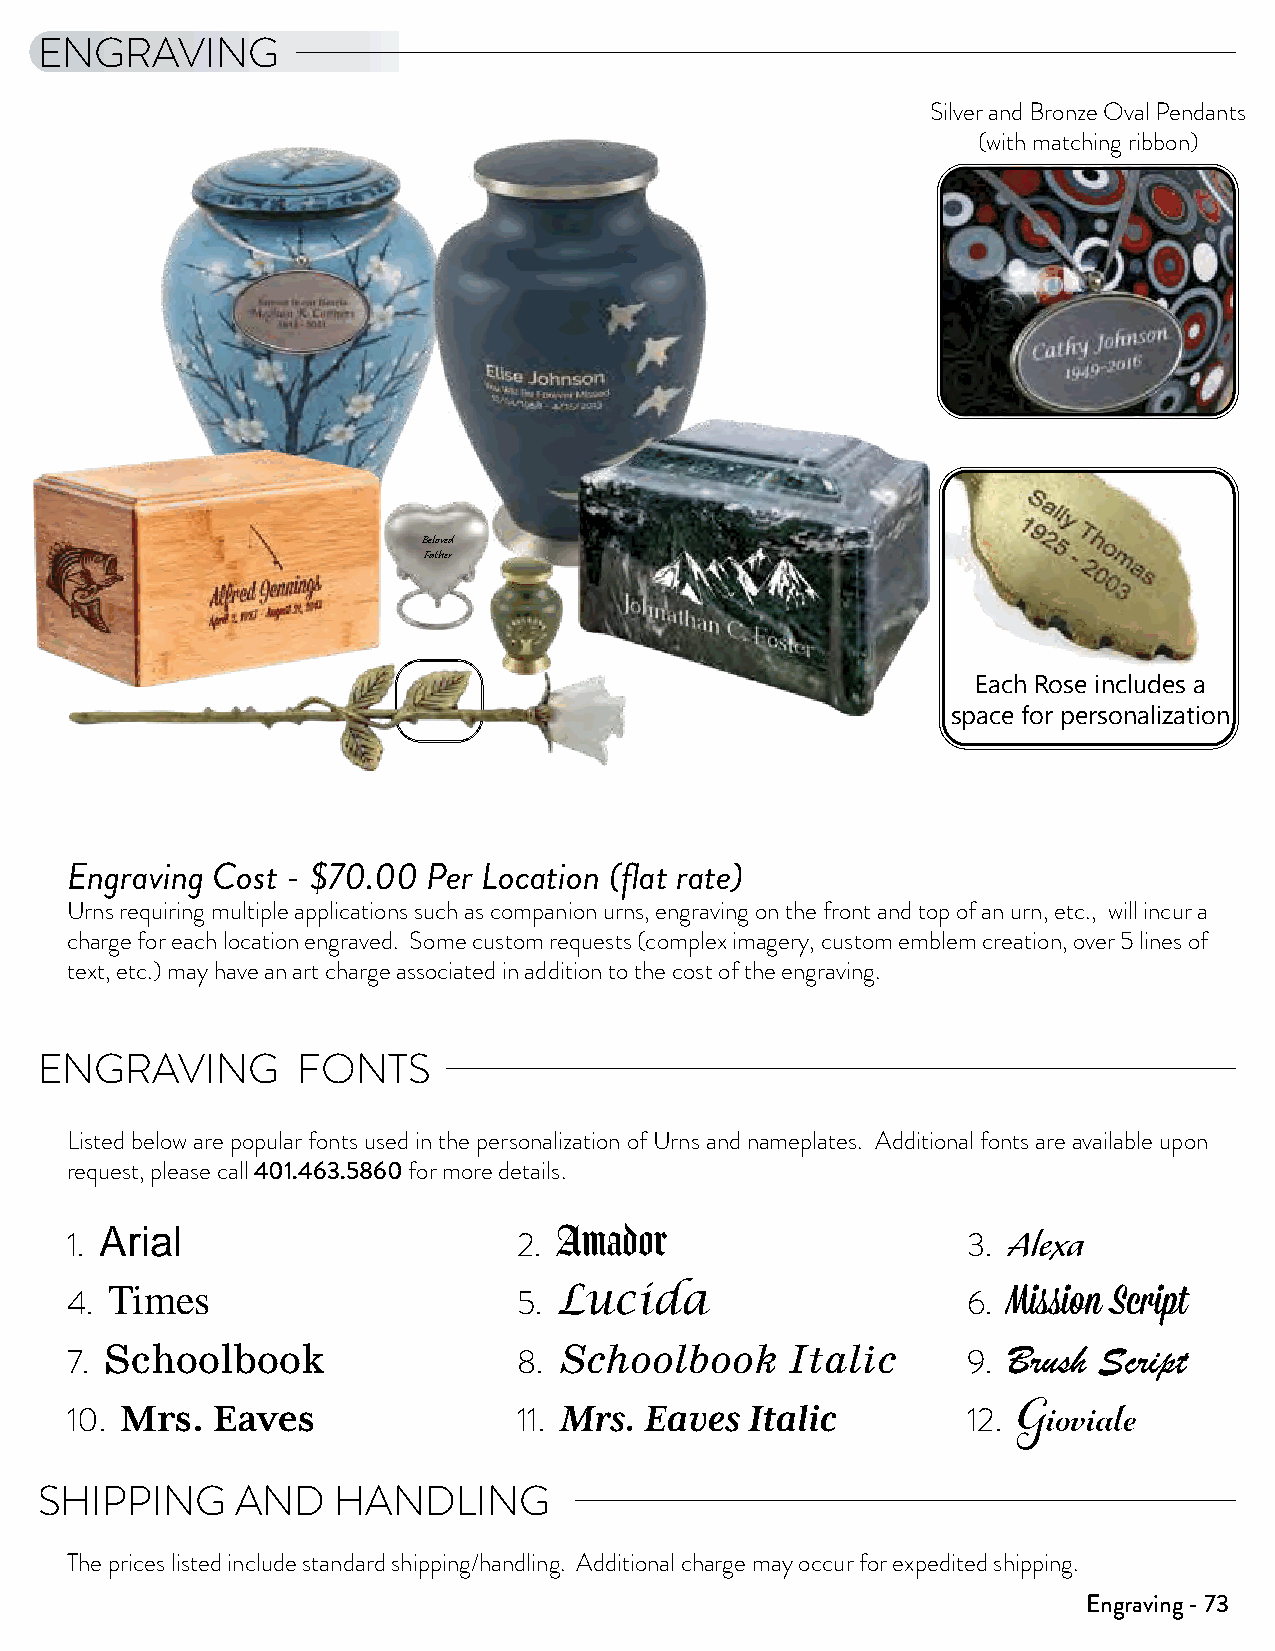
Rose
 Keepsake
 Length: 13.9" Width: 2.9" Capacity: Nominal
 Made of Brass
 ENGRAVING                 Roses are the definitive symbol for love and appreciation. Terrybear®
 Rose Keepsakes are made of brass and finished in a brushed brass or
 electroplated nickel. The innermost rosebud is threaded and holds a
 Silver and Bronze Oval Pendants
 nominal amount of cremated remains. Rose Keepsakes are packaged
 (with matching ribbon)
 in a blue velvet box.
 P
 Pink
 2754
 Bronze 2750 P        Yellow 2753 P
 Beloved
 Father
 Pewter 2751 P         White 2755 P
 Keepsake Compartment    Each Rose includes a
 (with silicone plug) space for personalization
 Crimson 2752 P     Lavender 2757 P
 P = Personalization Available
 All designs © 1994-2016 Terrybear, Inc. Terrybear is a registered trademark of Terrybear, Inc.
 Engraving Cost - $70.00 Per Location (flat rate)
 Urns requiring multiple applications such as companion urns, engraving on the front and top of an urn, etc., will incur a
 charge for each location engraved. Some custom requests (complex imagery, custom emblem creation, over 5 lines of
 text, etc.) may have an art charge associated in addition to the cost of the engraving.
 ENGRAVING         FONTS
 Listed below are popular fonts used in the personalization of Urns and nameplates. Additional fonts are available upon
 request, please call 401.463.5860 for more details.
 Arial                         Amador                        Alexa
 1.                            2.                            3.
 4. Times                      5. Lucida                     6. Mission Script
 7. Schoolbook                 8. Schoolbook     Italic      9. Brush Script
 Mrs.  Eaves                  Mrs.  Eaves  Italic
 10.                           11.                           12.
 Gioviale
 SHIPPING      AND   HANDLING
 The prices listed include standard shipping/handling. Additional charge may occur for expedited shipping.
 Engraving - 73